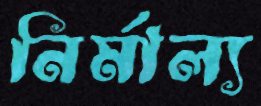
নির্মাল্য